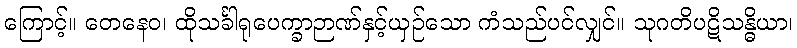
ကြောင့်။ တေနေဝ၊ ထိုသင်္ခါရုပေက္ခာဉာဏ်နှင့်ယှဉ်သော ကံသည်ပင်လျှင်။ သုဂတိပဋိသန္ဓိယာ၊